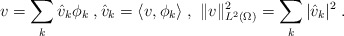
\begin{align*}v = \sum_k \hat{v}_k \phi_k \;, \hat{v}_k=\langle v,\phi_k\rangle \;, \ \Vert v \Vert_{L^2(\Omega)}^2= \sum_k |\hat{v}_k|^2 \;.\end{align*}